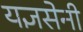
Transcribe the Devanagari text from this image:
यज्ञसेनी